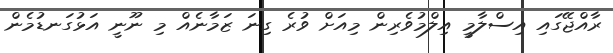
ރާއްޖޭގައި އިސްލާމީ އިލްމުވެރިން މިއަށް ވުރެ ގިނަ ޒަމާނެއް މި ނޫނީ އަޅުގަނޑުމެން